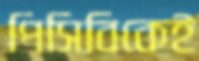
পিসিবিকেই